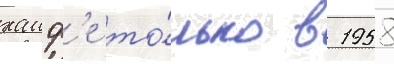
хаиф'е то́лько в 1958